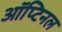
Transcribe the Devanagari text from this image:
ऑप्टिनल